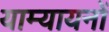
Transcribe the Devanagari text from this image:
याम्यायनों